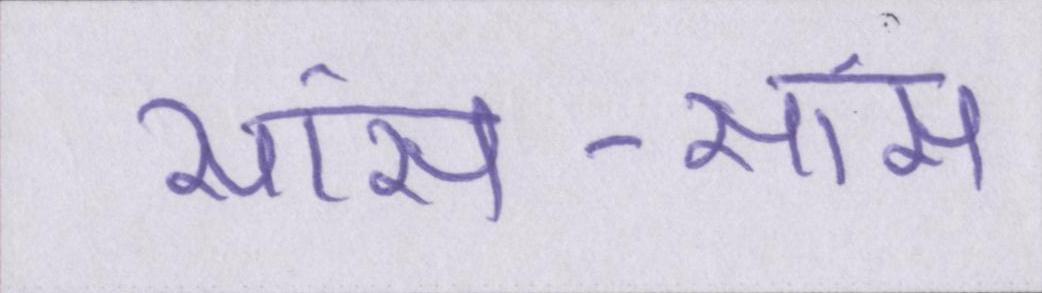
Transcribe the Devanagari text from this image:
सांस-सांस